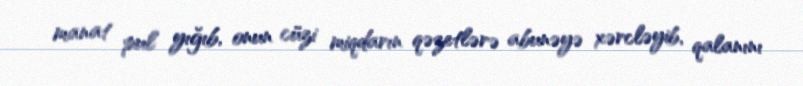
manat pul yığıb, onun cüzi miqdarın qəzetlərə abunəyə xərcləyib, qalanını